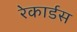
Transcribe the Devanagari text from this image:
रेकार्डस